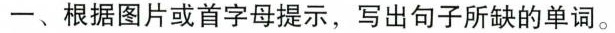
一、根据图片或首字母提示,写出句子所缺的单词。